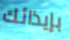
بإيذائك